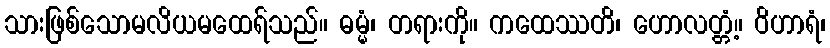
သားဖြစ်သောမလိယမထေရ်သည်။ ဓမ္မံ၊ တရားကို။ ကထေဿတိ၊ ဟောလတ္တံ့။ ဝိဟာရံ၊